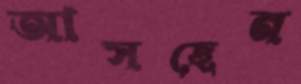
আসছেন